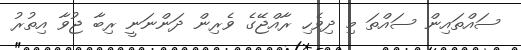
ސައްތައިން ސައްތަ މި ދިވެހި ރާއްޖޭގެ ވެރިން ދަންނަނީ ރިބާ ޖުވާ އިތުރު